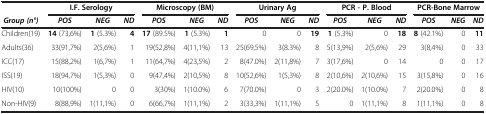
<table><thead><tr><td><b> </b></td><td colspan="3"><b>I.F. Serology</b></td><td colspan="3"><b>Microscopy (BM)</b></td><td colspan="3"><b>Urinary Ag</b></td><td colspan="3"><b>PCR - P. Blood</b></td><td colspan="3"><b>PCR-Bone Marrow</b></td></tr><tr><td><b><i>Group (n°)</i></b></td><td><b><i>POS</i></b></td><td><b><i>NEG</i></b></td><td><b><i>ND</i></b></td><td><b><i>POS</i></b></td><td><b><i>NEG</i></b></td><td><b><i>ND</i></b></td><td><b><i>POS</i></b></td><td><b><i>NEG</i></b></td><td><b><i>ND</i></b></td><td><b><i>POS</i></b></td><td><b><i>NEG</i></b></td><td><b><i>ND</i></b></td><td><b><i>POS</i></b></td><td><b><i>NEG</i></b></td><td><b><i>ND</i></b></td></tr></thead><tbody><tr><td>Children(19)</td><td><b>14</b> (73,6%)</td><td><b>1</b> (5.3%)</td><td><b>4</b></td><td><b>17</b> (89.5%)</td><td><b>1</b> (5.3%)</td><td><b>1</b></td><td>0</td><td>0</td><td><b>19</b></td><td><b>1</b> (5.3%)</td><td>0</td><td><b>18</b></td><td><b>8</b> (42.1%)</td><td>0</td><td><b>11</b></td></tr><tr><td>Adults(36)</td><td>33(91,7%)</td><td>2(5,6%)</td><td>1</td><td>19(52,8%)</td><td>4(11,1%)</td><td>13</td><td>25(69,5%)</td><td>3(8.3%)</td><td>8</td><td>5(13,9%)</td><td>2(5,6%)</td><td>29</td><td>3(8,4%)</td><td>0</td><td>33</td></tr><tr><td>ICC(17)</td><td>15(88,2%)</td><td>1(6,7%)</td><td>1</td><td>11(64,7%)</td><td>4(23,5%)</td><td>2</td><td>8(47.0%)</td><td>2(11,8%)</td><td>7</td><td>3(17,6%)</td><td>0</td><td>14</td><td>0</td><td>0</td><td>17</td></tr><tr><td>ISS(19)</td><td>18(94,7%)</td><td>1(5,3%)</td><td>0</td><td>9(47,4%)</td><td>2(10,5%)</td><td>8</td><td>10(52,6%)</td><td>1(5,3%)</td><td>8</td><td>2(10,6%)</td><td>2(10,6%)</td><td>15</td><td>3(15,8%)</td><td>0</td><td>16</td></tr><tr><td>HIV(10)</td><td>10(100%)</td><td>0</td><td>0</td><td>3(30%)</td><td>1(10.0%)</td><td>6</td><td>7(70.0%)</td><td>0</td><td>3</td><td>2(20.0%)</td><td>1(10.0%)</td><td>7</td><td>2(20.0%)</td><td>0</td><td>8</td></tr><tr><td>Non-HIV(9)</td><td>8(88,9%)</td><td>1(11,1%)</td><td>0</td><td>6(66,7%)</td><td>1(11,1%)</td><td>2</td><td>3(33,3%)</td><td>1(11,1%)</td><td>5</td><td>0</td><td>1(11,1%)</td><td>8</td><td>1(11,1%)</td><td>0</td><td>8</td></tr></tbody></table>